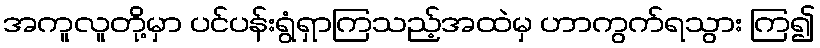
အကူလူတို့မှာ ပင်ပန်းရွံရှာကြသည့်အထဲမှ ဟာကွက်ရသွား ကြ၍